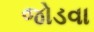
જોડવા